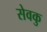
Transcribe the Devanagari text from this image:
सेवकु